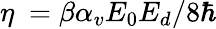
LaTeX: \eta~=\beta\alpha_{v}E_{0}E_{d}/8\hbar